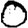
Digit: 0